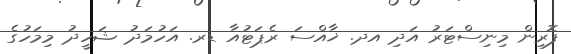
ފޮރިން މިނިސްޓަރު އަދި އދ. ޚާއްސަ ރެޕަޓުއާ ޑރ. އަހުމަދު ޝަހީދު މިމަހުގެ